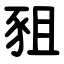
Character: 豠